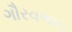
ગૌરવભાઇ